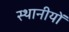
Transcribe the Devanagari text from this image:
स्थानीयों